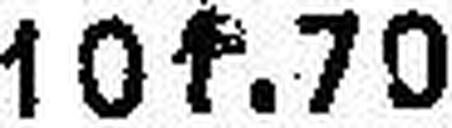
101.70